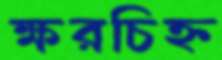
ক্ষরচিহ্ন